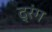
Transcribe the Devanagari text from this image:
द्रंग